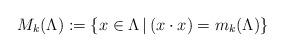
LaTeX: \begin{align*}M_k(\Lambda) := \lbrace x \in \Lambda \, |\, (x\cdot x) = m_k(\Lambda) \rbrace\end{align*}